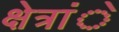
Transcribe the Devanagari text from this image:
क्षेत्रांे